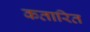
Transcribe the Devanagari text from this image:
कतारित